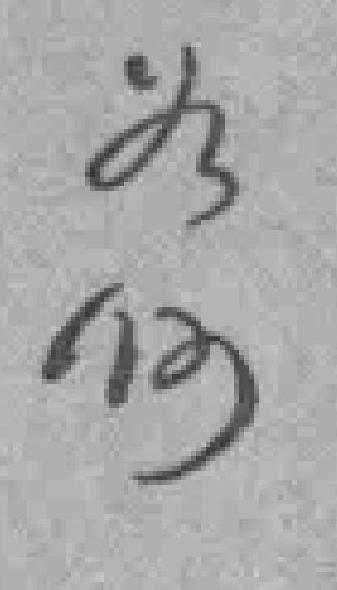
為何